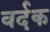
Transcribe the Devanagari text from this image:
वर्दक